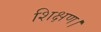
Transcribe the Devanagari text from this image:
शिक्षण।